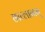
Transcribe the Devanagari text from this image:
छाल्लानान्